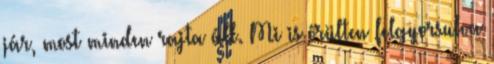
jár, most minden rajta áll. Mi is őrülten felgyorsulva